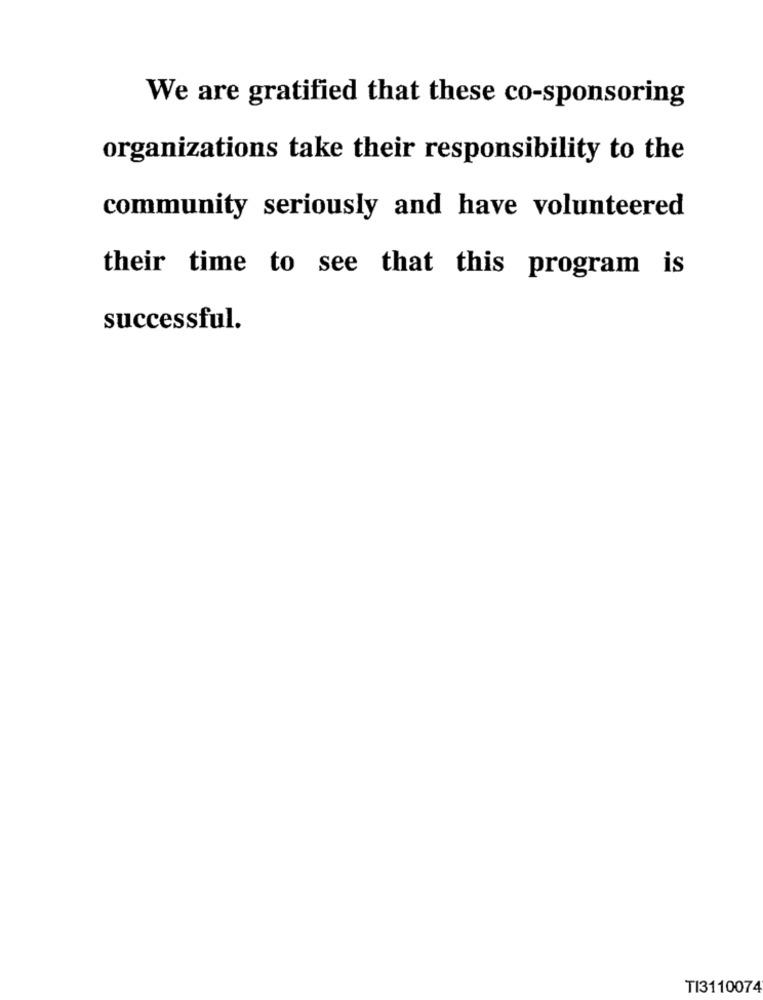
We are gratified that these co-sponsoring
organizations take their responsibility to the
community seriously and have volunteered
their time to see that this program is
successful.
TI3110074